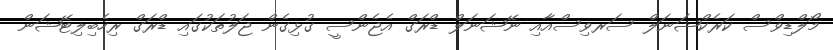
މޯލްޑިވްސް ކަރެކްޝަނަލް ސަރވިސްއާއި ނޭޝަނަލް ޑްރަގް އެޖެންސީ ގުޅިގެން ޖަލުތަކުގައި ޑްރަގް ރިހެބިލިޓޭޝަން